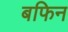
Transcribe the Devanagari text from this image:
बफिन